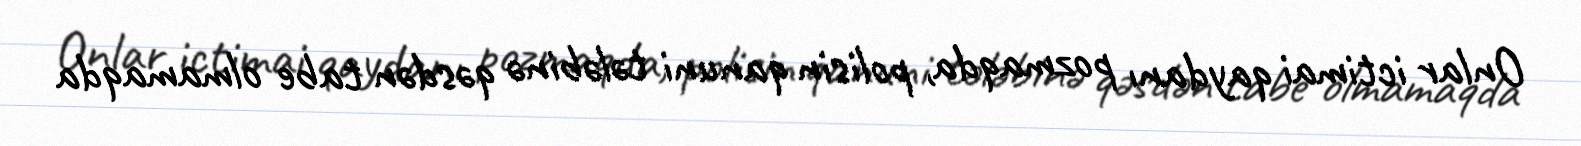
Onlar ictimai qaydanı pozmaqda, polisin qanuni tələbinə qəsdən tabe olmamaqda